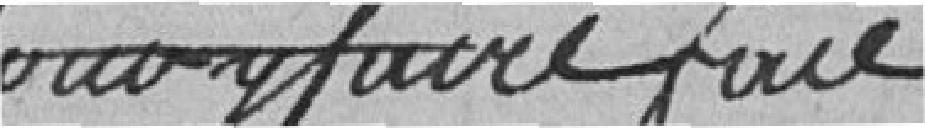
sans y faire face